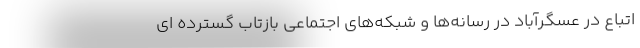
اتباع در عسگرآباد در رسانه‌ها و شبکه‌های اجتماعی بازتاب گسترده ای